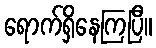
ရောက်ရှိနေကြပြီ။